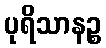
ပုရိသာနဉ္စ